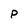
Character: p